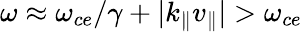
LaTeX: \omega\approx\omega_{ce}/\gamma+|k_{\| }v_{\| }|>\omega_{ce}